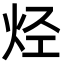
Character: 烃